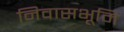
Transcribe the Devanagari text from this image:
निवासभूमि